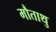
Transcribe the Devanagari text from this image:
मौताथु